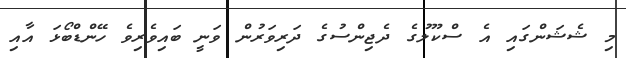
މި ޝެޝަންގައި އެ ސްކޫލުގެ ދެޖިންސުގެ ދަރިވަރުން ވަނީ ބައިވެރިވެ ހޭންޑްބޯޅަ އާއި